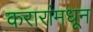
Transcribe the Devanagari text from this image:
करारांमधून